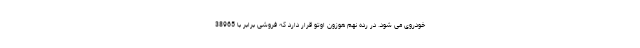
خودروی می شود. در رده نهم هوزون اوتو قرار دارد که فروشی برابر با 38965